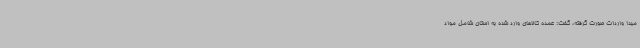
مبدا واردات صورت گرفته، گفت: عمده کالاهای وارد شده به استان شامل مواد